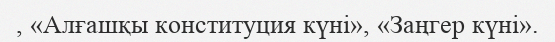
, «Алғашқы конституция күні», «Заңгер күні».